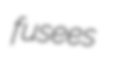
fusees